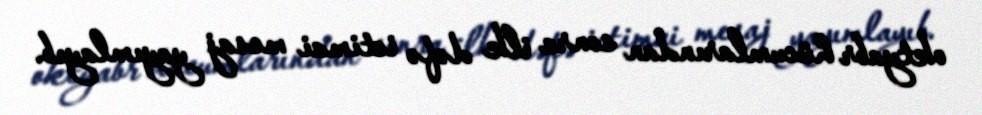
oktyabr hücumlarından sonra ilk dəfə ictimai mesaj yayımlayıb.